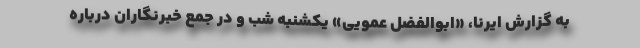
به گزارش ایرنا، «ابوالفضل عمویی» یکشنبه شب و در جمع خبرنگاران درباره